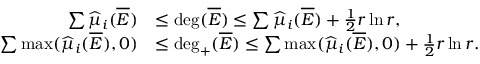
\begin{array} { r l } { \sum \widehat \mu _ { i } ( \overline { E } ) } & { \le { \mathrm { d e g } } ( \overline { E } ) \le \sum \widehat \mu _ { i } ( \overline { E } ) + \frac { 1 } { 2 } r \ln r , } \\ { \sum \operatorname* { m a x } ( \widehat \mu _ { i } ( \overline { E } ) , 0 ) } & { \le { \mathrm { d e g } } _ { + } ( \overline { E } ) \le \sum \operatorname* { m a x } ( \widehat \mu _ { i } ( \overline { E } ) , 0 ) + \frac { 1 } { 2 } r \ln r . } \end{array}